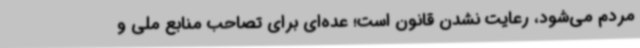
مردم می‌شود، رعایت نشدن قانون است؛ عده‌ای برای تصاحب منابع ملی و